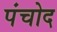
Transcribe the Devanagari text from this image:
पंचोद